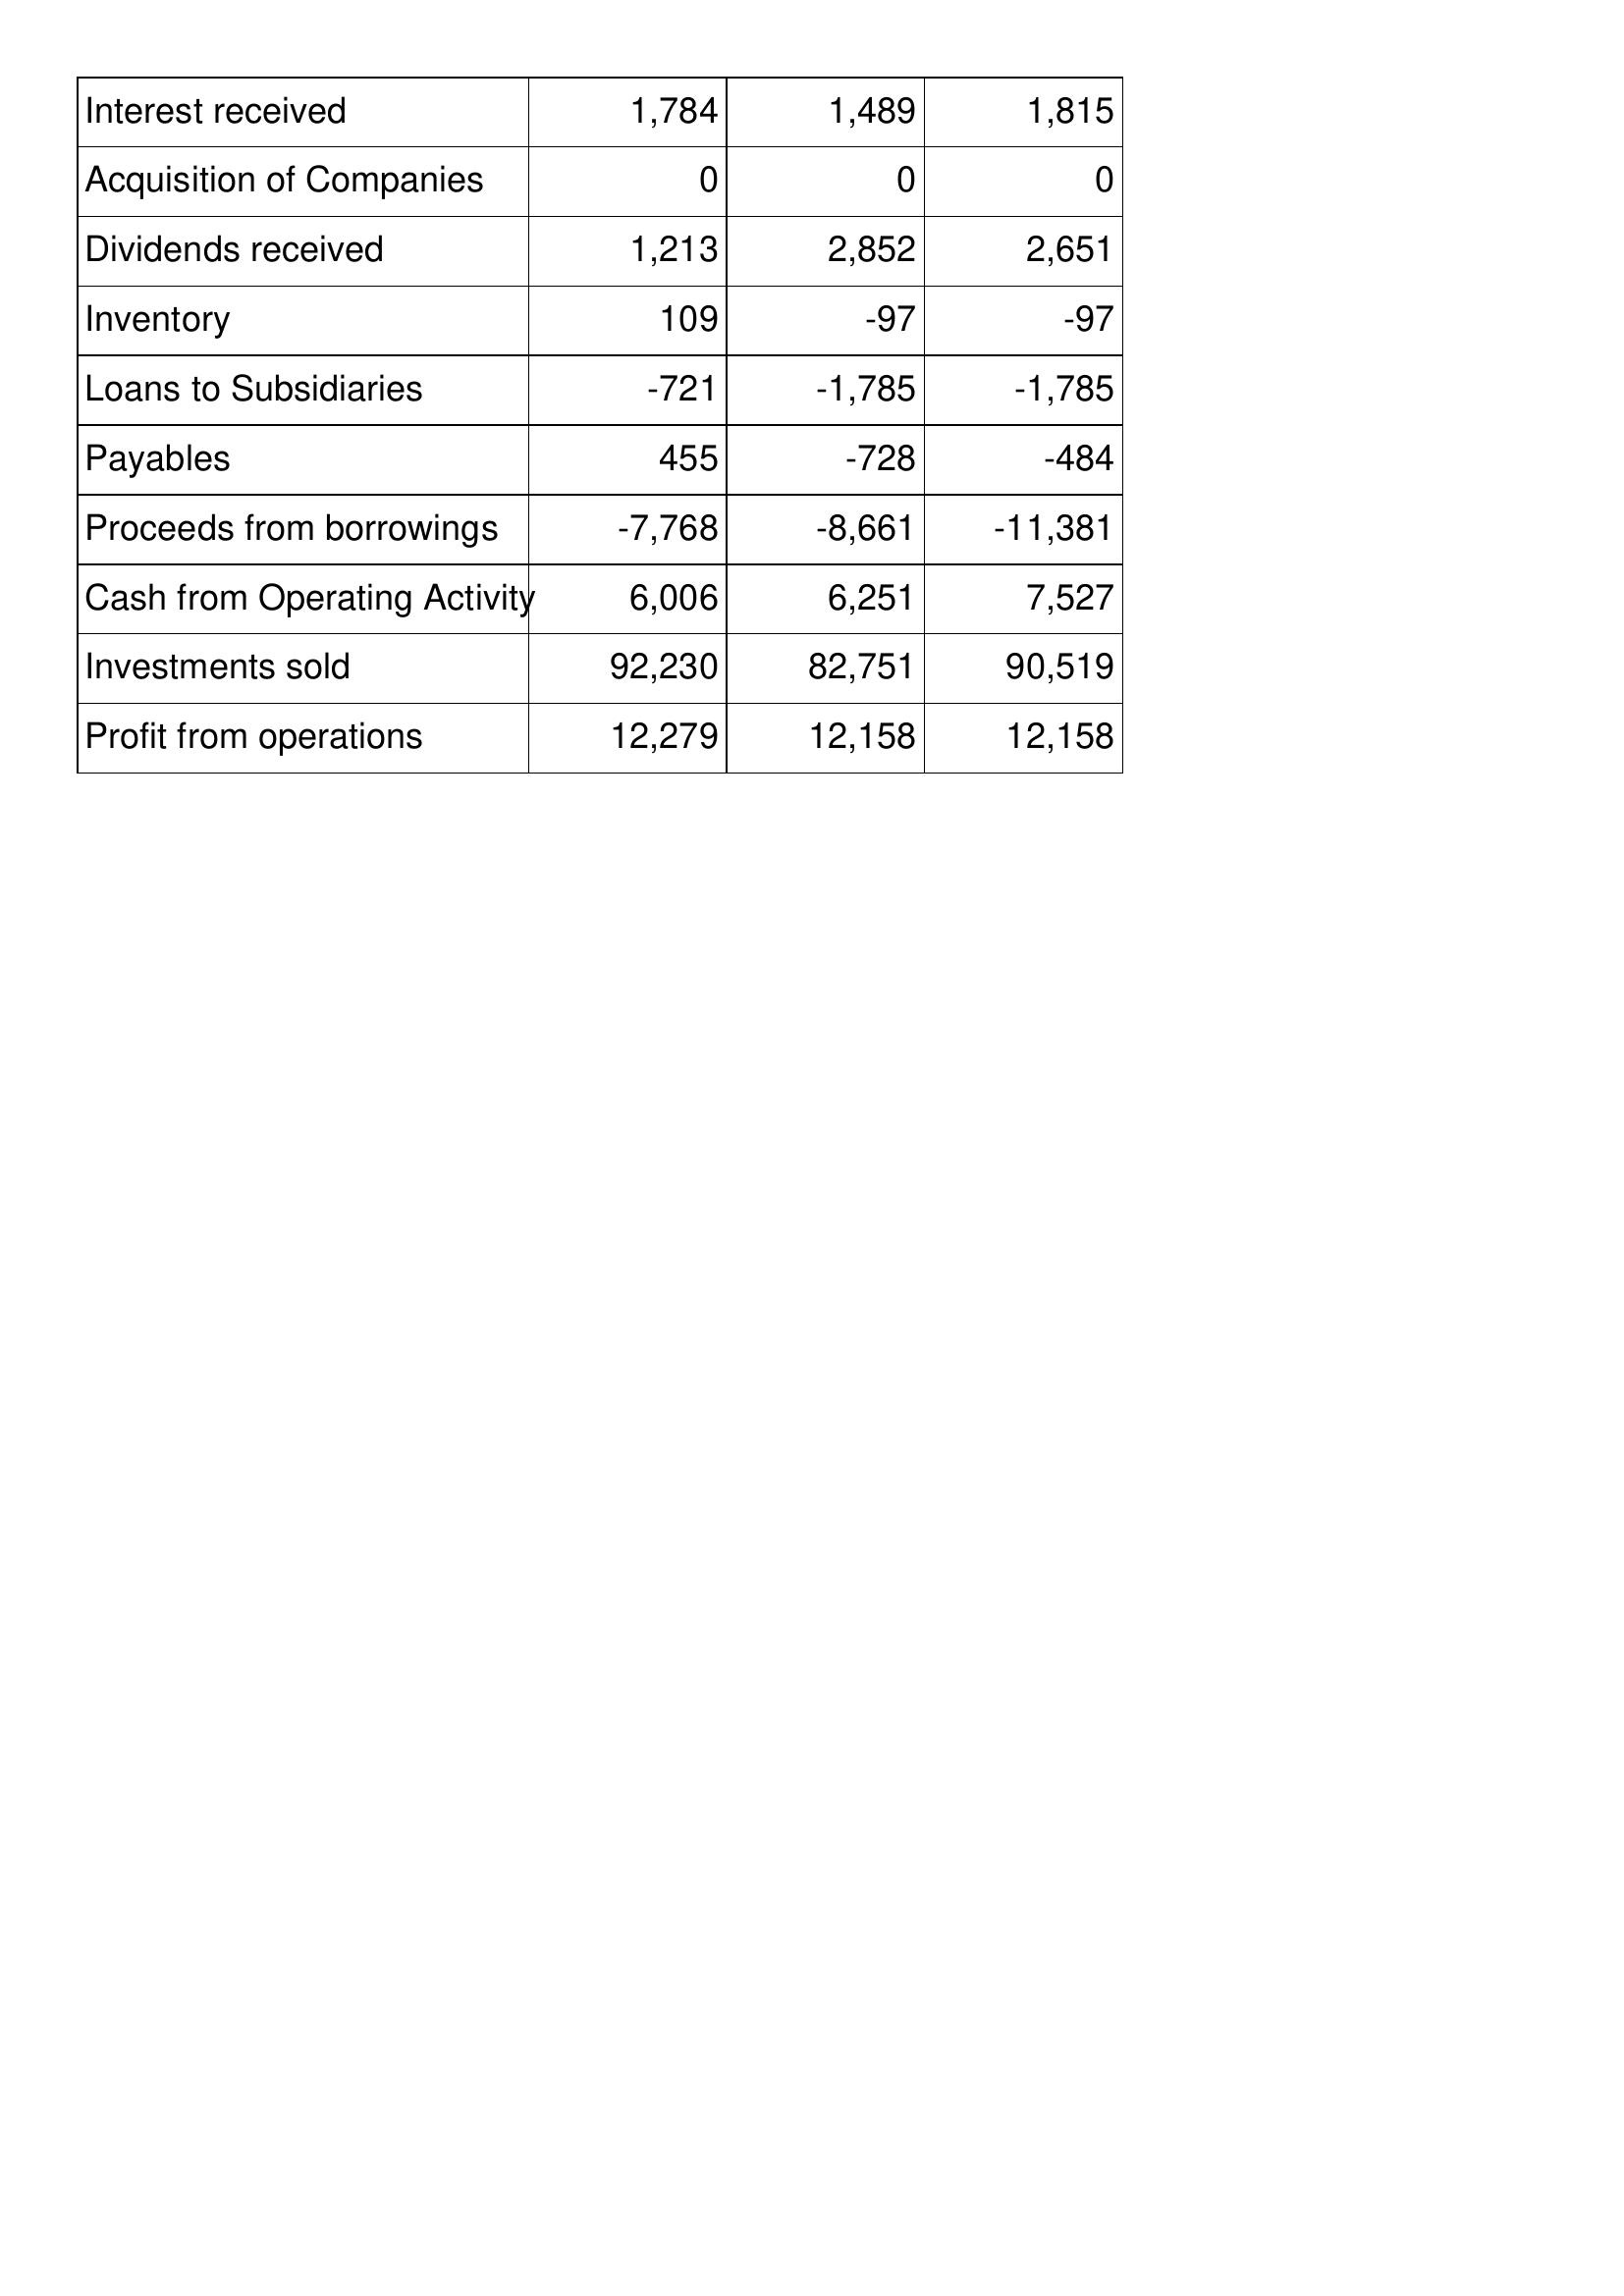
Apr-15: Cash Flows: Interest received: 1,784
Acquisition of Companies: 0
Dividends received: 1,213
Inventory: 109
Loans to Subsidiaries: -721
Payables: 455
Proceeds from borrowings: -7,768
Cash from Operating Activity: 6,006
Investments sold: 92,230
Profit from operations: 12,279
Apr-14: Cash Flows: Interest received: 1,489
Acquisition of Companies: 0
Dividends received: 2,852
Inventory: -97
Loans to Subsidiaries: -1,785
Payables: -728
Proceeds from borrowings: -8,661
Cash from Operating Activity: 6,251
Investments sold: 82,751
Profit from operations: 12,158
Apr-13: Cash Flows: Interest received: 1,815
Acquisition of Companies: 0
Dividends received: 2,651
Inventory: -97
Loans to Subsidiaries: -1,785
Payables: -484
Proceeds from borrowings: -11,381
Cash from Operating Activity: 7,527
Investments sold: 90,519
Profit from operations: 12,158